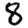
Digit: 8